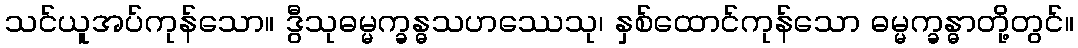
သင်ယူအပ်ကုန်သော။ ဒွီသုဓမ္မက္ခန္ဓသဟဿေသု၊ နှစ်ထောင်ကုန်သော ဓမ္မက္ခန္ဓာတို့တွင်။